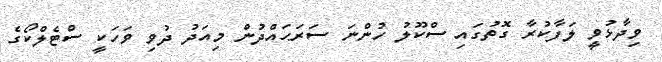
ވިދާޅުވީ ލަފާކުރާ ގޮތުގައި ސްކޫލު ހުންނަ ސަރަޙައްދުން މިއަދު ދުވި ވަހަކީ ސްޓެލްކޯގެ